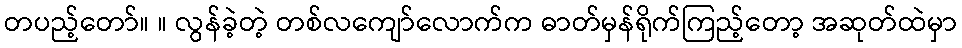
တပည့်တော်။ ။ လွန်ခဲ့တဲ့ တစ်လကျော်လောက်က ဓာတ်မှန်ရိုက်ကြည့်တော့ အဆုတ်ထဲမှာ